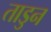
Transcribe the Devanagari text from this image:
ताडुन